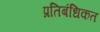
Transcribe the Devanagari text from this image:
प्रतिबंधिकत